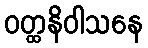
ဝတ္ထနိဝါသနေ